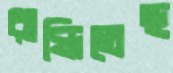
রান্ধিতেছ